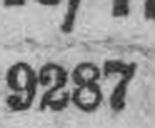
9287